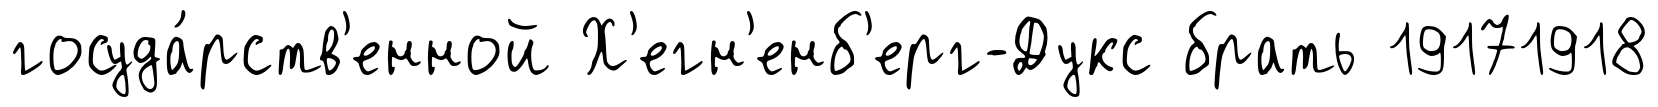
госуда́рств'енной Х'егн'енб'ерг-Дукс брать 19171918